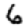
Digit: 6